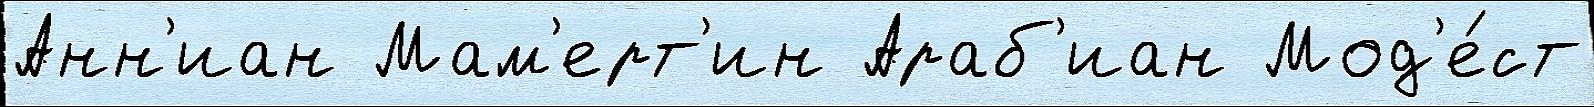
Анн'иан Мам'ерт'ин Араб'иан Мод'е́ст